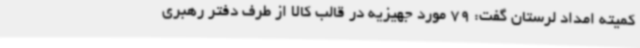
کمیته امداد لرستان گفت: 79 مورد جهیزیه در قالب کالا از طرف دفتر رهبری